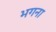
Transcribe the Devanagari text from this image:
भगना